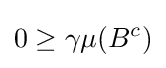
0\geq \gamma \mu (B^{c})